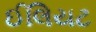
ઈલિયટ